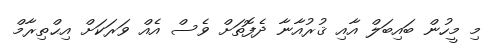
މި މީހުން ބައިބަލް އާއި ޤުރުއާނާ ދެފޮތަށް ވެސް އެއް ވަރަކަށް އިޙްތިރާމް